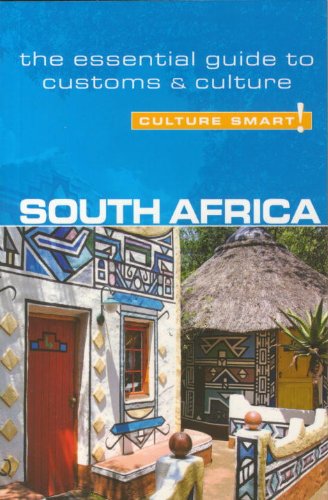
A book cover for South Africa - Culture Smart!: the essential guide to customs & culture; David Holt-Biddle; Business & Money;